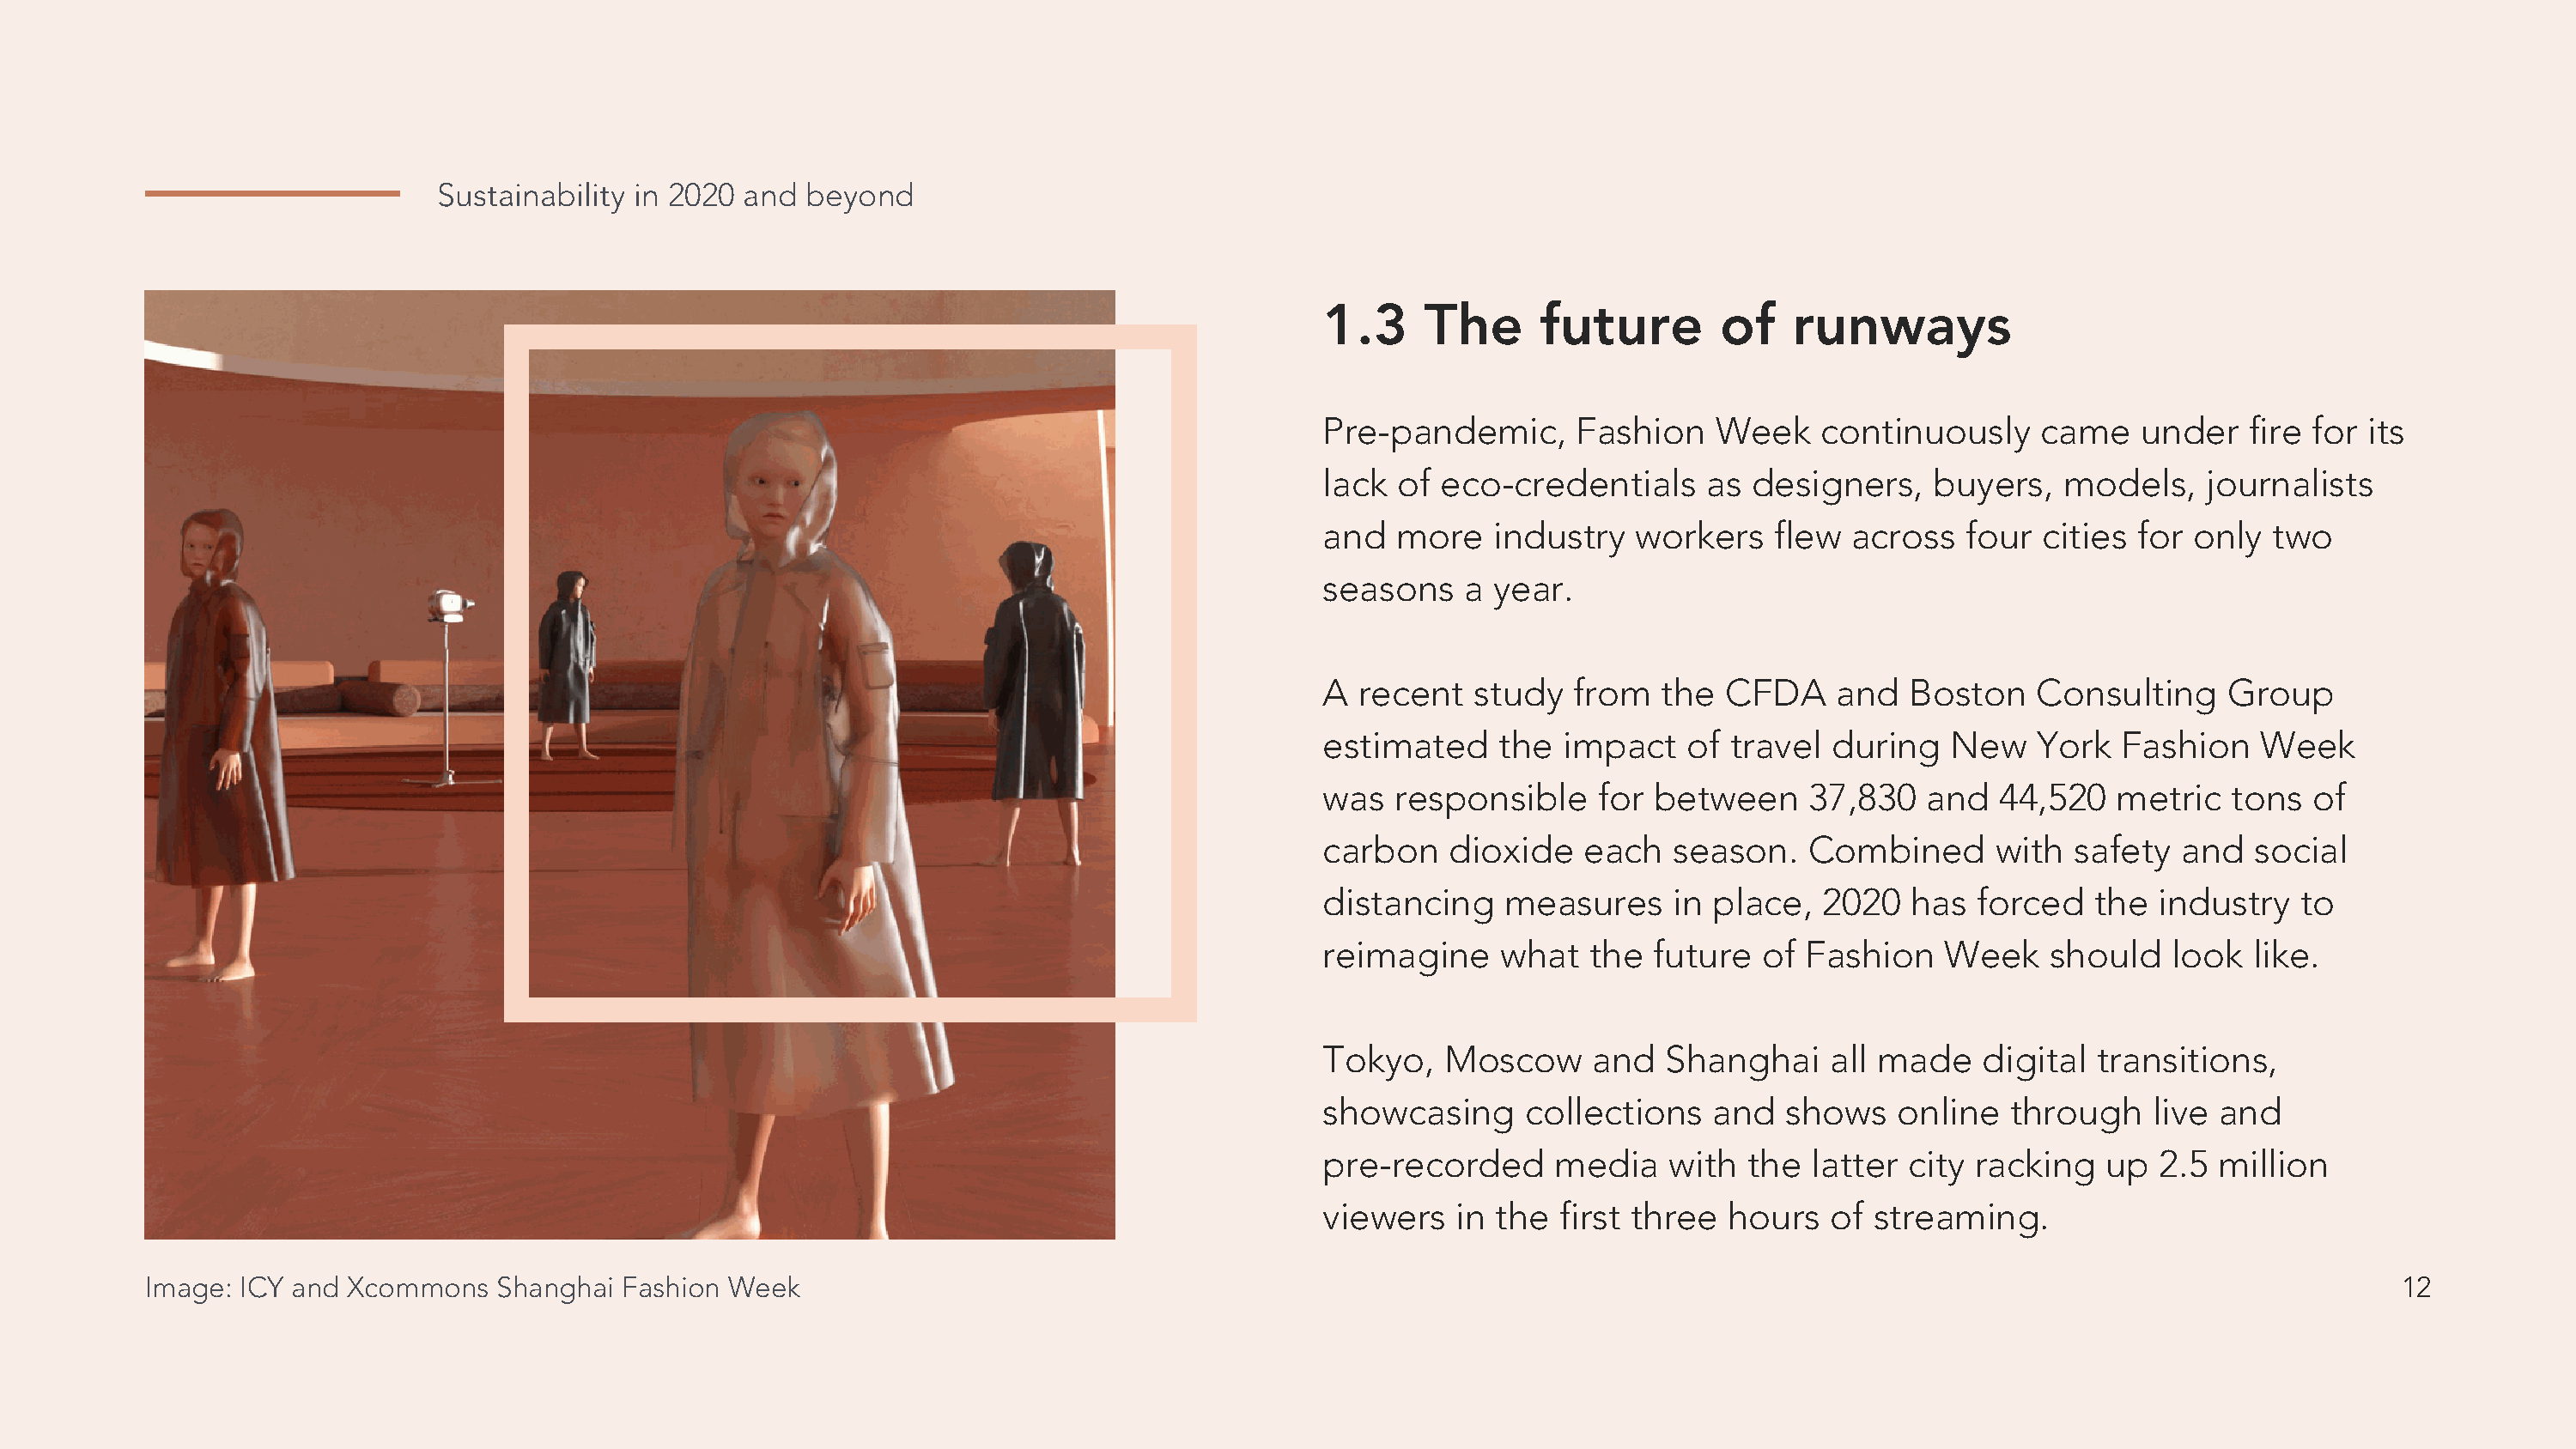
Sustainability in 2020 and  beyond
 1.3     The      future        of   runways
 Pre-pandemic,       Fashion   Week    continuously     came    under   fire for  its
 lack  of eco-credentials      as designers,    buyers,   models,    journalists
 and   more   industry   workers    flew  across   four cities  for only  two
 seasons    a year.
 A  recent   study  from   the  CFDA     and  Boston    Consulting     Group
 estimated     the  impact   of travel  during   New    York   Fashion   Week
 was   responsible    for between     37,830   and   44,520   metric   tons  of
 carbon    dioxide   each   season.   Combined       with  safety  and   social
 distancing    measures     in place,   2020  has  forced   the  industry   to
 reimagine     what   the future   of Fashion    Week    should   look   like.
 Tokyo,   Moscow      and  Shanghai     all made    digital  transitions,
 showcasing      collections   and   shows   online   through    live and
 pre-recorded      media    with  the  latter city racking   up  2.5  million
 viewers   in the  first three  hours   of streaming.
 Image: ICY and  Xcommons   Shanghai  Fashion Week                                                                                                                             12